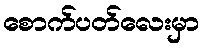
စောက်ပတ်လေးမှာ